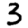
Digit: 3